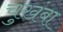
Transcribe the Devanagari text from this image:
चुखंबा